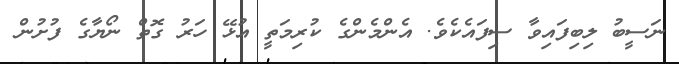
ނަސީބު ލިބިފައިވާ ސިފައެކެވެ. އެންމެންގެ ކުރިމަތީ އުޅޭ ހަރު ގޮތް ނޯޔާގެ ފުށުން